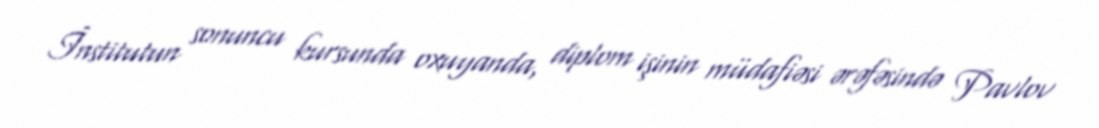
İnstitutun sonuncu kursunda oxuyanda, diplom işinin müdafiəsi ərəfəsində Pavlov